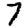
Digit: 7